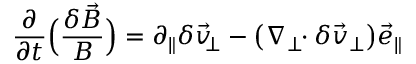
\frac { \partial } { \partial t } \Big ( \frac { \delta \vec { B } } { B } \Big ) = \partial _ { \| } \delta \vec { v } _ { \! \! \perp } - \big ( \nabla _ { \perp } \! \! \cdot \delta \vec { v } _ { \perp } \big ) \vec { e } _ { \| }